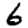
Digit: 6